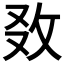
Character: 𢼅